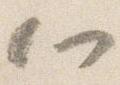
心